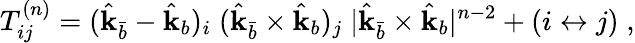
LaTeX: T_{ij}^{(n)}=(\hat{\mathbf k}_{\bar{b}}-\hat{\mathbf k}_{b})_{i}\; (\hat{\mathbf k}_{\bar{b}}\times\hat{\mathbf k}_{b})_{j}\; |\hat{\mathbf k}_{\bar{b}}\times\hat{\mathbf k}_{b}|^{n-2}+(i\leftrightarrow j)\; ,